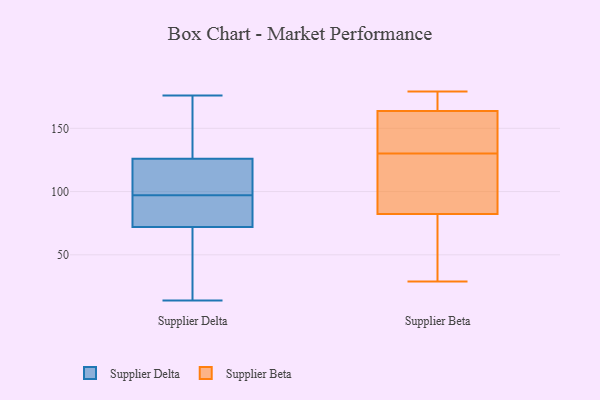
{"axis": {"x": "Latency (ms)", "y": "Value"}, "legend": ["Supplier Beta", "Supplier Delta"], "data": [{"x": "", "y": 91, "type": "Supplier Delta"}, {"x": "", "y": 176, "type": "Supplier Delta"}, {"x": "", "y": 28, "type": "Supplier Delta"}, {"x": "", "y": 72, "type": "Supplier Delta"}, {"x": "", "y": 14, "type": "Supplier Delta"}, {"x": "", "y": 156, "type": "Supplier Delta"}, {"x": "", "y": 165, "type": "Supplier Delta"}, {"x": "", "y": 72, "type": "Supplier Delta"}, {"x": "", "y": 117, "type": "Supplier Delta"}, {"x": "", "y": 99, "type": "Supplier Delta"}, {"x": "", "y": 95, "type": "Supplier Delta"}, {"x": "", "y": 64, "type": "Supplier Delta"}, {"x": "", "y": 116, "type": "Supplier Delta"}, {"x": "", "y": 65, "type": "Supplier Delta"}, {"x": "", "y": 88, "type": "Supplier Delta"}, {"x": "", "y": 101, "type": "Supplier Delta"}, {"x": "", "y": 150, "type": "Supplier Delta"}, {"x": "", "y": 126, "type": "Supplier Delta"}, {"x": "", "y": 130, "type": "Supplier Beta"}, {"x": "", "y": 91, "type": "Supplier Beta"}, {"x": "", "y": 179, "type": "Supplier Beta"}, {"x": "", "y": 29, "type": "Supplier Beta"}, {"x": "", "y": 85, "type": "Supplier Beta"}, {"x": "", "y": 144, "type": "Supplier Beta"}, {"x": "", "y": 163, "type": "Supplier Beta"}, {"x": "", "y": 74, "type": "Supplier Beta"}, {"x": "", "y": 166, "type": "Supplier Beta"}, {"x": "", "y": 47, "type": "Supplier Beta"}, {"x": "", "y": 176, "type": "Supplier Beta"}, {"x": "", "y": 89, "type": "Supplier Beta"}, {"x": "", "y": 32, "type": "Supplier Beta"}, {"x": "", "y": 143, "type": "Supplier Beta"}, {"x": "", "y": 96, "type": "Supplier Beta"}, {"x": "", "y": 168, "type": "Supplier Beta"}, {"x": "", "y": 134, "type": "Supplier Beta"}]}